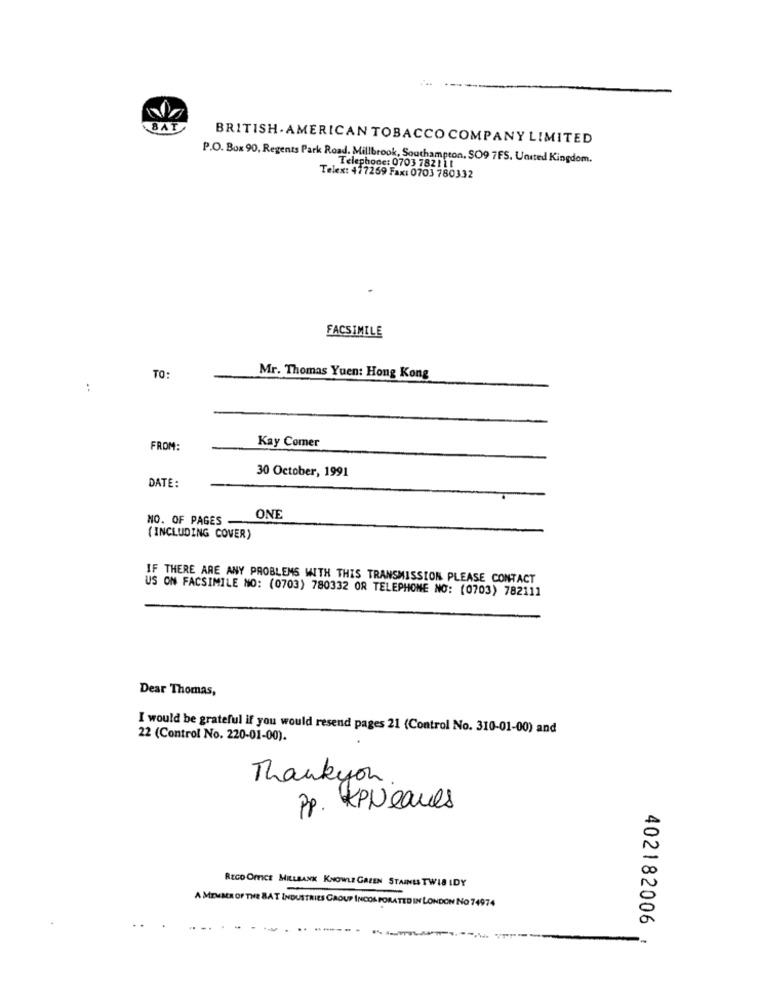
BAT
BRITISH . AMERICAN TOBACCO COMPANY LIMITED
P.O. Box 90, Regents Park Road. Millbrook, Southampton, SO9 7FS. United Kingdom.
Telephone: 0703 7821 11
Telex: 477269 Fax: 0703 780332
FACSIMILE
TO:
Mr. Thomas Yuen: Hong Kong
Kay Comer
FROM:
30 October, 1991
DATE:
NO. OF PAGES -
ONE
(INCLUDING COVER)
IF THERE ARE ANY PROBLEMS WITH THIS TRANSMISSION PLEASE CONTACT
US ON FACSIMILE NO: (0703) 780332 OR TELEPHONE NO: (0703) 782111
Dear Thomas,
I would be grateful if you would resend pages 21 (Control No. 310-01-00) and
22 (Control No. 220-01-00).
Thankyou
PP. KPNeaues
REGO OFFICE MILLBANK KNOWLE GAZEN STAINES TWIS IDY
A MEMBEROFTHE BAT INDUSTRIES GROUP INCORPORATED IN LONDON No 74974
402182006